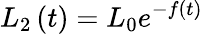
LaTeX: L_{2}\left(t\right)=L_{0}e^{-f\left(t\right)}